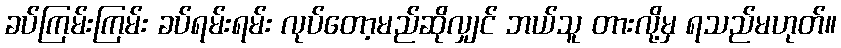
ခပ်ကြမ်းကြမ်း ခပ်ရမ်းရမ်း လုပ်တော့မည်ဆိုလျှင် ဘယ်သူ တားလို့မှ ရသည်မဟုတ်။